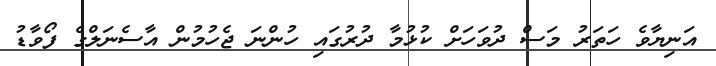
އަނިޔާވެ ހަތަރު މަސް ދުވަހަށް ކުޅުމާ ދުރުގައި ހުންނަ ޖެހުމުން އާސެނަލްގެ ފޯވާޑު